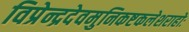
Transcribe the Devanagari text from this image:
विप्रेन्द्रदेवमुनिकष्टकलेशराहोः